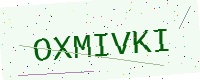
Text: OXMIVKI